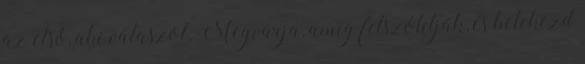
az első, aki válaszol. Megvárja, amíg felszólítják, és belekezd